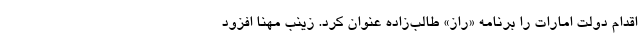
اقدام دولت امارات را برنامه «راز» طالب‌زاده عنوان کرد. زینب مهنا افزود